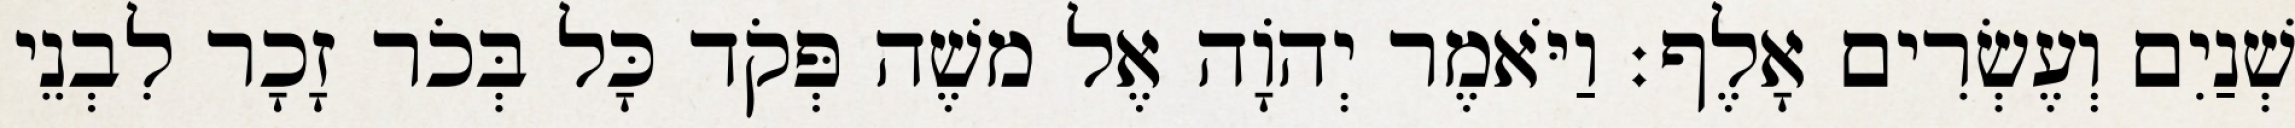
שְׁנַיִם וְעֶשְׂרִים אָלֶף׃ וַיֹּאמֶר יְהֹוָה אֶל משֶׁה פְּקֹד כָּל בְּכֹר זָכָר לִבְנֵי